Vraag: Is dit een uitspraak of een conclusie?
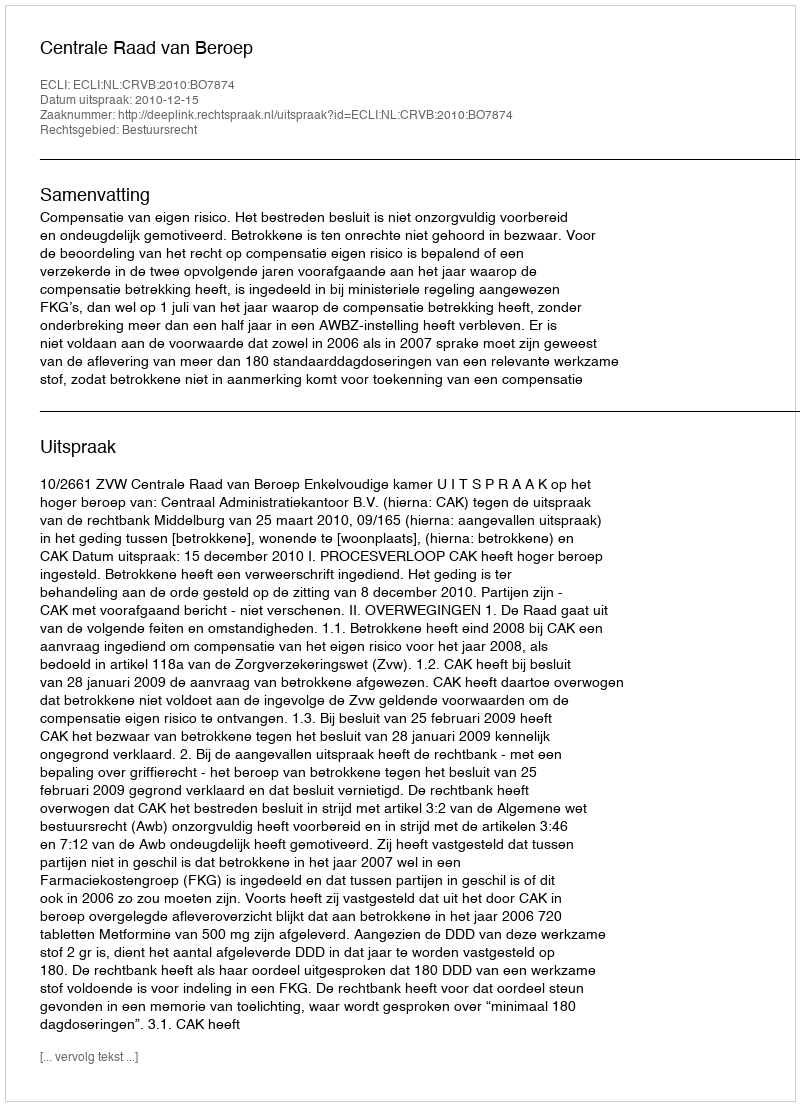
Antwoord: Uitspraak